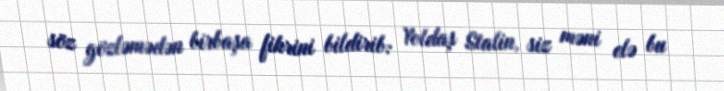
söz gözləmədən birbaşa fikrini bildirib: Yoldaş Stalin, siz məni elə bu